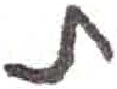
אות: ת